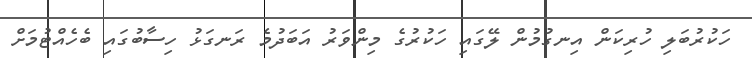
ހަކުރުބަލި ހުރިކަން އިނގުމުން ލޭގައި ހަކުރުގެ މިންވަރު އަބަދުމެ ރަނގަޅު ހިސާބުގައި ބެހެއްޓުމަށް